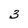
Character: 3